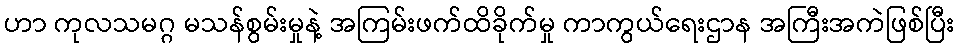
ဟာ ကုလသမဂ္ဂ မသန်စွမ်းမှုနဲ့ အကြမ်းဖက်ထိခိုက်မှု ကာကွယ်ရေးဌာန အကြီးအကဲဖြစ်ပြီး